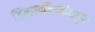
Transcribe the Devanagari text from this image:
जिल्हापरिषदांकडून